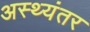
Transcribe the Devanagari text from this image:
अस्थ्यंतर